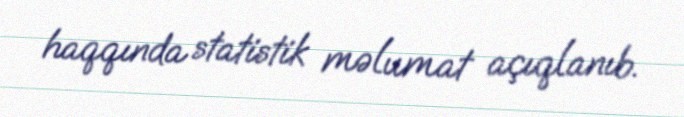
haqqında statistik məlumat açıqlanıb.